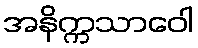
အနိက္ကသာဝေါ